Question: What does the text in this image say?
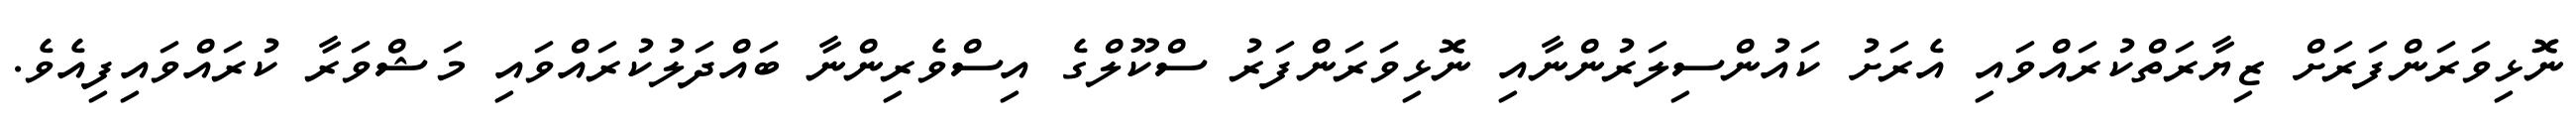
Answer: ނޮޅިވަރަންފަރަށް ޒިޔާރަތްކުރައްވައި އެރަށު ކައުންސިލަރުންނާއި ނޮޅިވަރަންފަރު ސްކޫލްގެ އިސްވެރިންނާ ބައްދަލުކުރައްވައި މަޝްވަރާ ކުރައްވައިފިއެވެ.